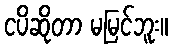
ငပိဆိုတာ မမြင်ဘူး။